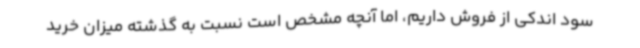
سود اندکی از فروش داریم، اما آنچه مشخص است نسبت به گذشته میزان خرید